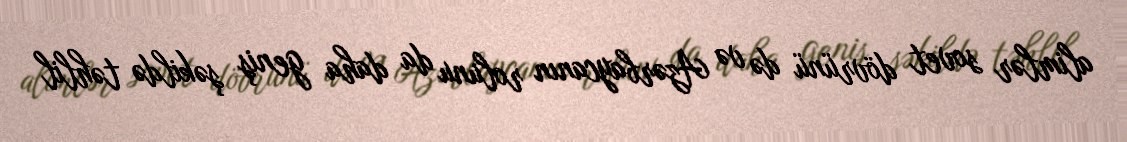
alimlər sovet dövrünü də və Azərbaycanın rolunu da daha geniş şəkildə təhlil